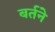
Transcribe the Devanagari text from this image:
बर्तने